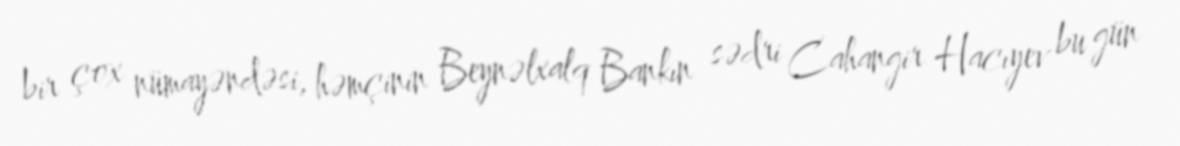
bir çox nümayəndəsi, həmçinin Beynəlxalq Bankın sədri Cahangir Hacıyev bu gün